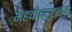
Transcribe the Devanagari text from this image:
मेहदीपट्टनम